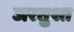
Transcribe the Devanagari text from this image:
जरतुश्त